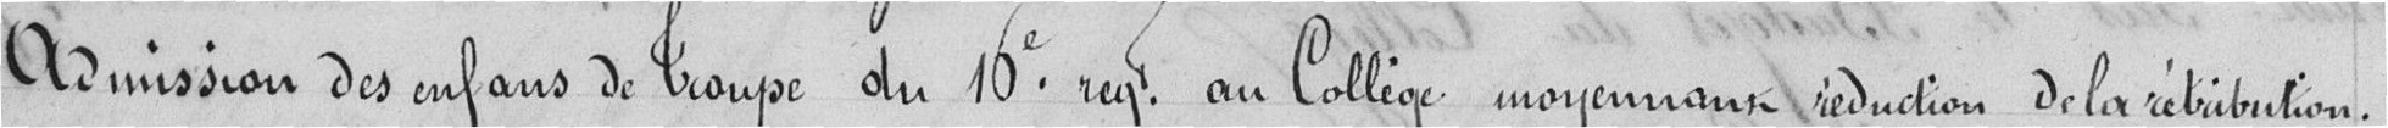
Admission des enfants de Troupe du 10è régiment au Collège moyennant réduction de la rétribution.